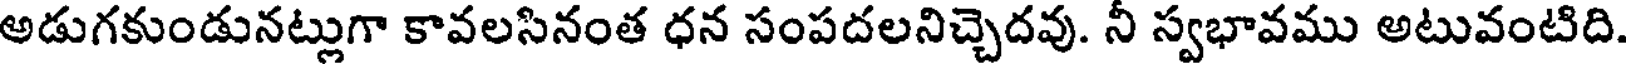
అడుగకుండునట్లుగా కావలసినంత ధన సంపదలనిచ్చెదవు. నీ స్వభావము అటువంటిది